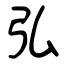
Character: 弘